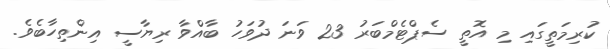
ކުރިމަތީގައި މި އޮތީ ސެޕްޓެމްބަރު 23 ވަނަ ދުވަހު ބާއްވާ ރިޔާސީ އިންތިހާބެވެ.